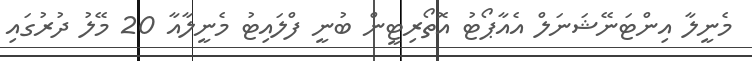
މެނީލާ އިންޓަނޭޝަނަލް އެއާޕޯޓު އޮތޯރިޓީން ބުނީ ފްލައިޓު މެނީލާއާ 20 މޭލު ދުރުގައި